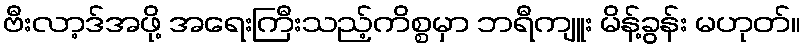
ဗီးလာ့ဒ်အဖို့ အရေးကြီးသည့်ကိစ္စမှာ ဘရီကျူး မိန့်ခွန်း မဟုတ်။